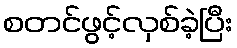
စတင်ဖွင့်လှစ်ခဲ့ပြီး